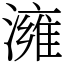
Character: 澭